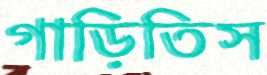
গাড়িতিস